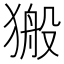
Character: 𤠍